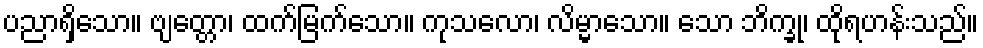
ပညာရှိသော။ ဗျတ္တော၊ ထက်မြက်သော။ ကုသလော၊ လိမ္မာသော။ သော ဘိက္ခု၊ ထိုရဟန်းသည်။